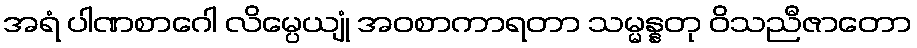
အရံ ပါဏစာဂေါ လိမ္ပေယျုံ အဝစာကာရတာ သမ္မန္နတု ဝိသညီဇာတော